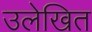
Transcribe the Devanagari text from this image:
उलेखित